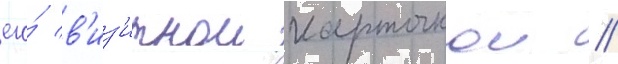
его́ в'из'итнои карточкои //